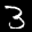
Label: 3